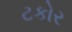
ટકોર